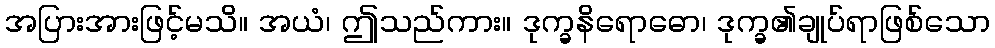
အပြားအားဖြင့်မသိ။ အယံ၊ ဤသည်ကား။ ဒုက္ခနိရောဓော၊ ဒုက္ခ၏ချုပ်ရာဖြစ်သော